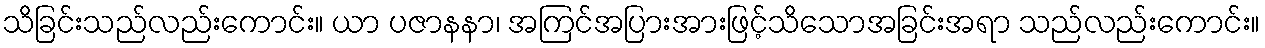
သိခြင်းသည်လည်းကောင်း။ ယာ ပဇာနနာ၊ အကြင်အပြားအားဖြင့်သိသောအခြင်းအရာ သည်လည်းကောင်း။